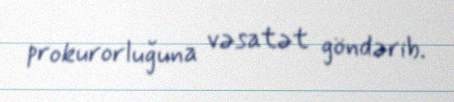
prokurorluğuna vəsatət göndərib.